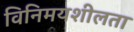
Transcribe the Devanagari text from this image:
विनिमयशीलता